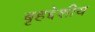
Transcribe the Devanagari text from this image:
बृहद्देशीय